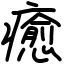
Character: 癒